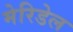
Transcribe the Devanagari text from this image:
मेरिडेल